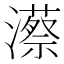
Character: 𤁱